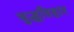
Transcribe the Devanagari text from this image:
बुद्धविहार